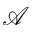
\mathcal { A }